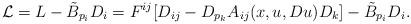
LaTeX: \begin{align*} \mathcal {L}=L-\tilde B_{p_i}D_i=F^{ij}[D_{ij}-D_{p_k}A_{ij}(x,u,Du)D_k]-\tilde B_{p_i}D_i. \end{align*}